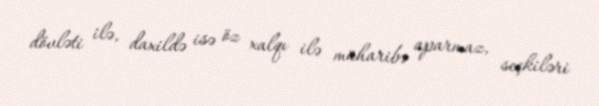
dövləti ilə, daxildə isə öz xalqı ilə müharibə aparmaz, seçkiləri